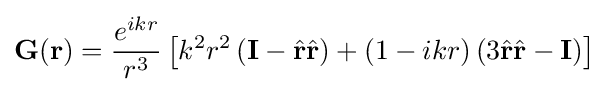
\mathbf {G} (\mathbf {r} )={\frac {e^{ikr}}{r^{3}}}\left[k^{2}r^{2}\left(\mathbf {I} -{\hat {\mathbf {r} }}{\hat {\mathbf {r} }}\right)+(1-ikr)\left(3{\hat {\mathbf {r} }}{\hat {\mathbf {r} }}-\mathbf {I} \right)\right]